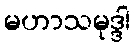
မဟာသမုဒ္ဒါ